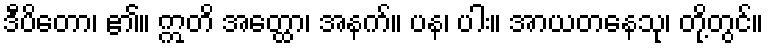
ဒီပိတော၊ ၏။ ဣတိ အတ္ထော၊ အနက်။ ပန၊ ပါး။ အာယတနေသု၊ တို့တွင်။